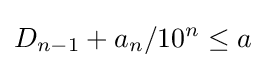
D_{n-1}+a_{n}/10^{n}\leq a